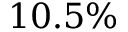
1 0 . 5 \%